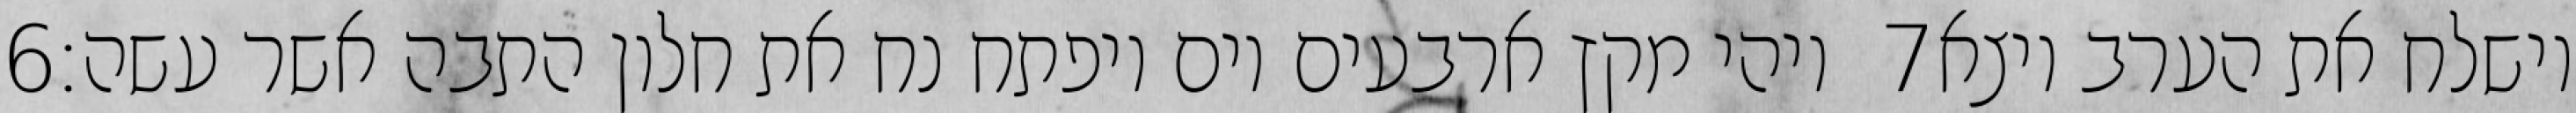
‎6‏ ויהי מקץ ארבעים יום ויפתח נח את חלון התבה אשר עשה׃ ‎7‏ וישלח את הערב ויצא